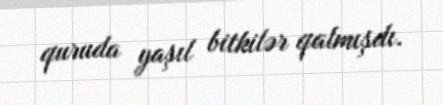
quruda yaşıl bitkilər qalmışdı.